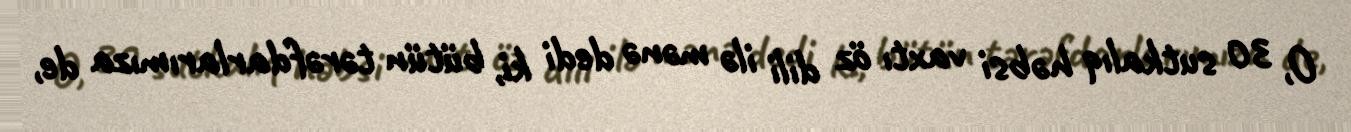
O, 30 sutkalıq həbsi vaxtı öz dili ilə mənə dedi ki, bütün tərəfdarlarımıza de,